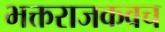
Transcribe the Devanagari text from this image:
भक्तराजकवच